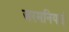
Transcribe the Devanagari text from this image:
जरमनियाई